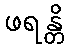
ဖရန္တိ